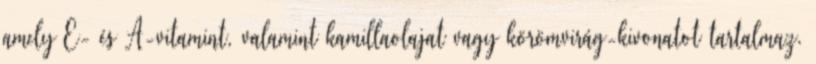
amely E- és A-vitamint, valamint kamillaolajat vagy körömvirág-kivonatot tartalmaz.